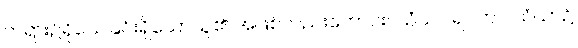
တရား၌ရိုသေခြင်းရှိသောသူ၏ အဖြစ်လည်းကောင်း။ သံဃဂါရဝတာ၊ သံဃာ၌